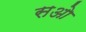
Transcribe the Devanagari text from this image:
सओ